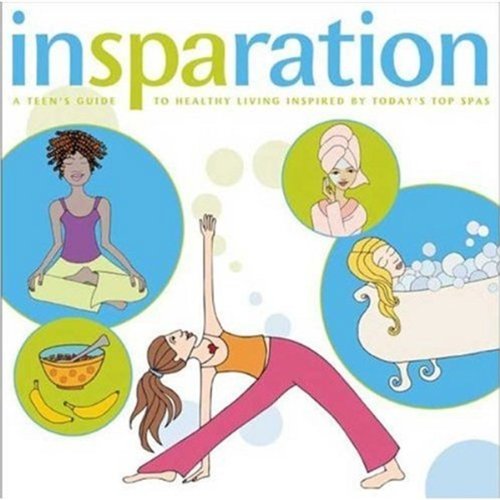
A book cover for Insparation: A Teen's Guide to Healthy Living Inspired by Today's Top Spas; Mary Beth Sammons; Teen & Young Adult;